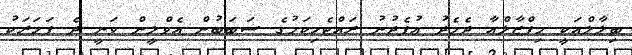
ބިލާލްއަކީ މިފްޒާލްއާ ދެމެދު އުފެދުނު ރައްޓެހިކަމުގެ ސަބަބުން އެވްލީން ވަނީ ދެ ފަހަރަކު